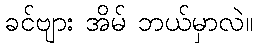
ခင်ဗျား အိမ် ဘယ်မှာလဲ။